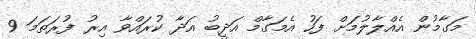
މަގާމުން އެއްލާލުމަށް ފަހު އެމަގާމް އަދީބު އަދާ ކުރައްވާ އިރު ފުރަތަމަ 9